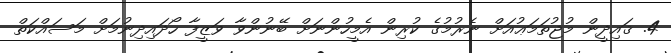
4. ޤައިދީން މުޖުތަމަޢުއަށް ނެރުމުގެ ކުރިން އެމީހުންނަށް ބޭނުންވާ ވަޒީފާ ހޯދައިދިނުމަށް މަސައްކަތް